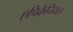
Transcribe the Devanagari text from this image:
एपिक्रेनियल